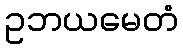
ဥဘယမေတံ